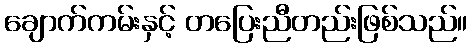
ချောက်ကမ်းနှင့် တပြေးညီတည်းဖြစ်သည်။